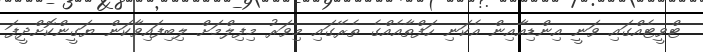
ޓްވީޓެއްގައި ވަނީ އިންޑިއާއިން އެކަނި ހަފްތާއެއްގެ ތެރޭގައި މިވަރު މިފިލްމަށް ލިބިފައިވާކަން ޔަގީންކޮށްދީފަ